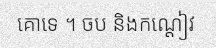
គោទេ ។ ចប និងកណ្តៀវ